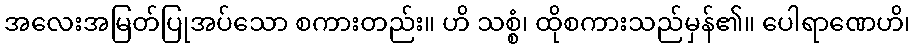
အလေးအမြတ်ပြုအပ်သော စကားတည်း။ ဟိ သစ္စံ၊ ထိုစကားသည်မှန်၏။ ပေါရာဏေဟိ၊